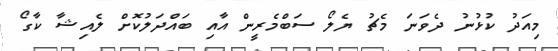
މިއަދު ކުޅުނު ދެވަނަ މެޗު ޔެލޯ ސަބްމެރީން އާއި ބައްދަލުކޮށް ލެއިޝާ ކާގޯ